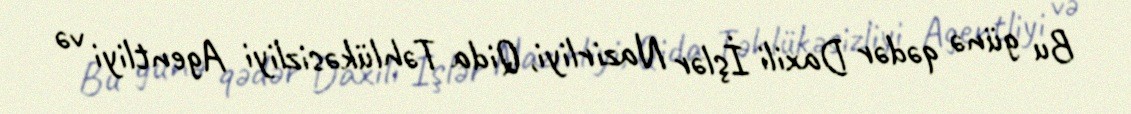
Bu günə qədər Daxili İşlər Nazirliyi, Qida Təhlükəsizliyi Agentliyi və